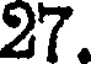
27.